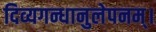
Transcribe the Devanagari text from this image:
दिव्यगन्धानुलेपनम्‌।